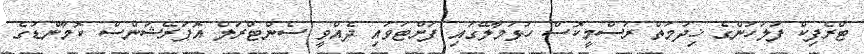
ޓްރެފިކް ފުލުހުންގެ ޚިދުމަތް ރަސްމީކޮސް ހުޅުމާލޭގައި ފަށްޓަވައި ދެއްވީ ސެންޓްރަލް އޮޕަރޭޝަންސް ކޮމާންޑުގެ